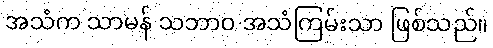
အသံက သာမန် သဘာဝ အသံကြမ်းသာ ဖြစ်သည်။